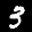
Label: 3